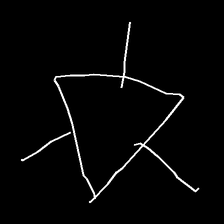
Glyph: fire